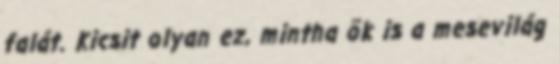
falát. Kicsit olyan ez, mintha õk is a mesevilág